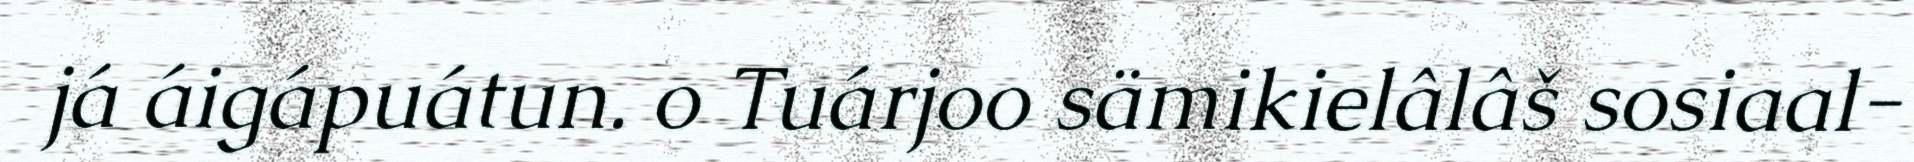
já áigápuátun. o Tuárjoo sämikielâlâš sosiaal-